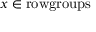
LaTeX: x \in { \mathrm { r o w g r o u p s } }